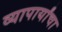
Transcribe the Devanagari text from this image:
व्यापार्यांचा